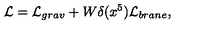
\mathcal { L } = \mathcal { L } _ { g r a v } + W \delta ( x ^ { 5 } ) \mathcal { L } _ { b r a n e } ,